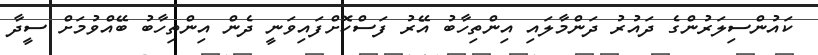
ކައުންސިލަރުންގެ ދައުރު ދަންމާލައި އިންތިހާބު އޭރު ފަސްކޮށްފައިވަނީ ދެން އިންތިހާބު ބޭއްވުމަށް ސީދާ